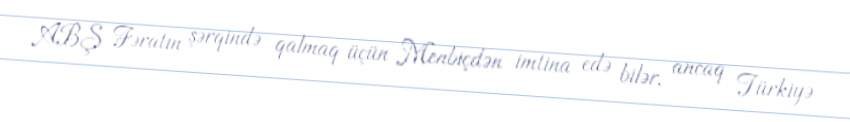
ABŞ Fəratın şərqində qalmaq üçün Menbiçdən imtina edə bilər, ancaq Türkiyə